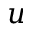
u